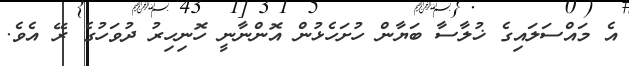
އެ މައްސަލައިގެ ޚުލާސާ ބަޔާން ހުށަހެޅުން އޮންނާނީ ހޮނިހިރު ދުވަހުގެ ރޭ އެވެ.